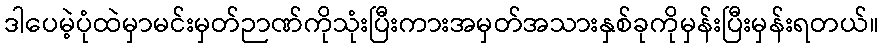
ဒါပေမဲ့ပုံထဲမှာမင်းမှတ်ဉာဏ်ကိုသုံးပြီးကားအမှတ်အသားနှစ်ခုကိုမှန်းပြီးမှန်းရတယ်။